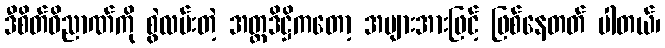
ဒီစိတ်ဝိညာဏ်ကို စွဲလမ်းတဲ့ အတ္တဒိဋ္ဌိကတော့ အများအားဖြင့် ဖြစ်နေတတ် ပါတယ်၊